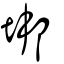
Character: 垹